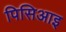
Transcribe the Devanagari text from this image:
पिसिआइ